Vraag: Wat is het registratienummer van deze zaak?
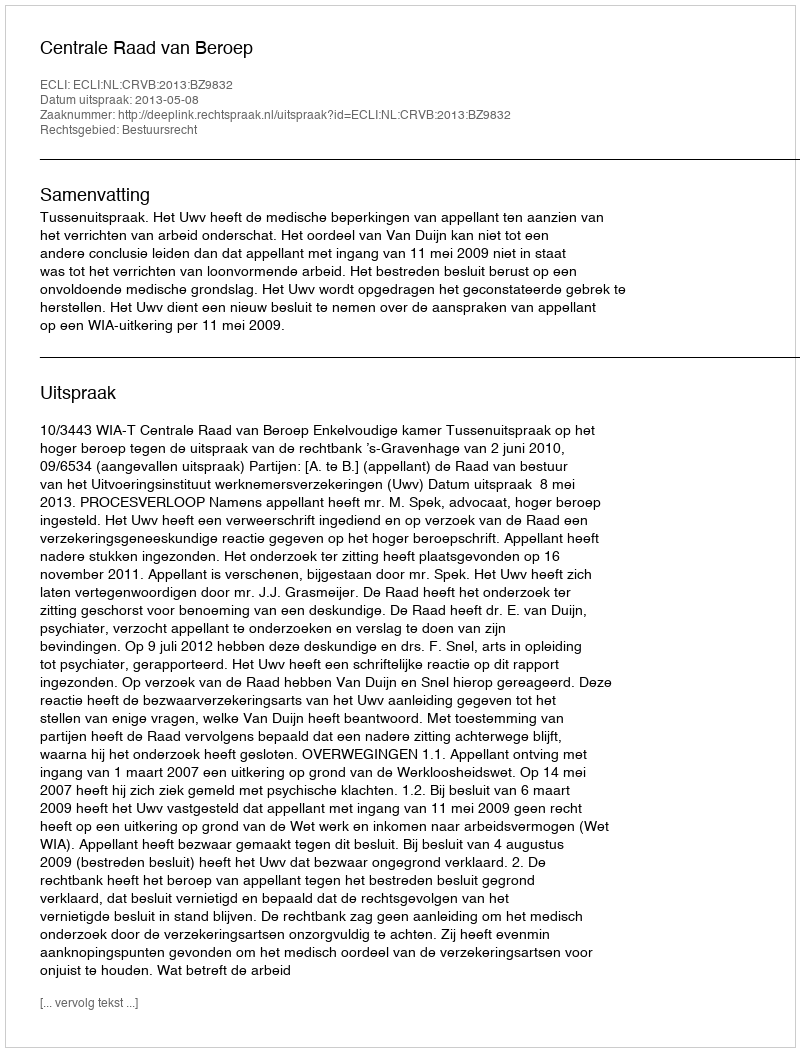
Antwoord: http://deeplink.rechtspraak.nl/uitspraak?id=ECLI:NL:CRVB:2013:BZ9832